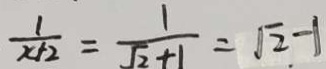
\frac { 1 } { x + 2 } = \frac { 1 } { \sqrt { 2 } + 1 } = \sqrt { 2 } - 1